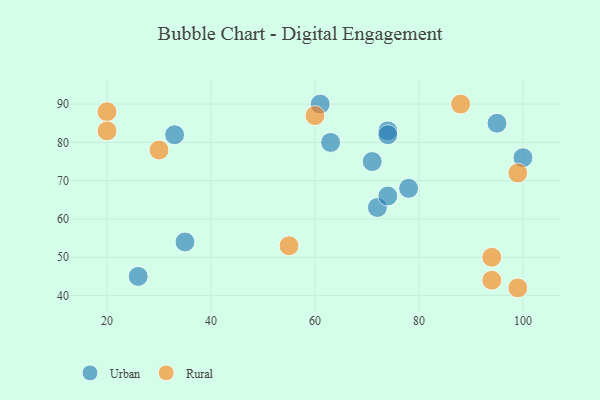
{"axis": {"x": "GDP", "y": "Life Expectancy"}, "legend": ["Rural", "Urban"], "data": [{"x": "61", "y": 90, "type": "Urban"}, {"x": "26", "y": 45, "type": "Urban"}, {"x": "74", "y": 83, "type": "Urban"}, {"x": "63", "y": 80, "type": "Urban"}, {"x": "78", "y": 68, "type": "Urban"}, {"x": "35", "y": 54, "type": "Urban"}, {"x": "95", "y": 85, "type": "Urban"}, {"x": "33", "y": 82, "type": "Urban"}, {"x": "72", "y": 63, "type": "Urban"}, {"x": "100", "y": 76, "type": "Urban"}, {"x": "74", "y": 82, "type": "Urban"}, {"x": "71", "y": 75, "type": "Urban"}, {"x": "74", "y": 66, "type": "Urban"}, {"x": "60", "y": 87, "type": "Rural"}, {"x": "99", "y": 42, "type": "Rural"}, {"x": "99", "y": 72, "type": "Rural"}, {"x": "55", "y": 53, "type": "Rural"}, {"x": "94", "y": 50, "type": "Rural"}, {"x": "94", "y": 44, "type": "Rural"}, {"x": "20", "y": 88, "type": "Rural"}, {"x": "88", "y": 90, "type": "Rural"}, {"x": "20", "y": 83, "type": "Rural"}, {"x": "30", "y": 78, "type": "Rural"}]}